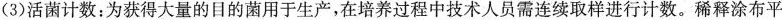
(3)活菌计数：为获得大量的目的菌用于生产，在培养过程中技术人员需连续取样进行计数。稀释涂布平